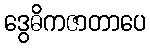
ဒွေဓိကဇာတာပေ